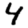
Digit: 4